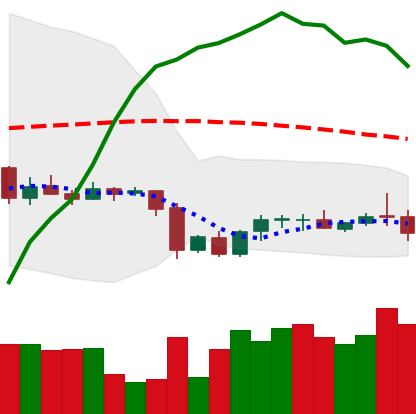
Ticker: LTC-USD
Chart end date: 2020-10-02
Forward return: 3.865%
Label: up_3_5